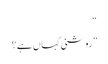
“
”روشنی کہاں ہے؟